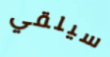
سيلقي